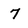
Character: 7